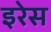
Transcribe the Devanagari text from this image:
इरेस